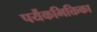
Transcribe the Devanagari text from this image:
पर्यैकभिक्तिका